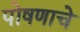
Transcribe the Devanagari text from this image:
पोषणाचे